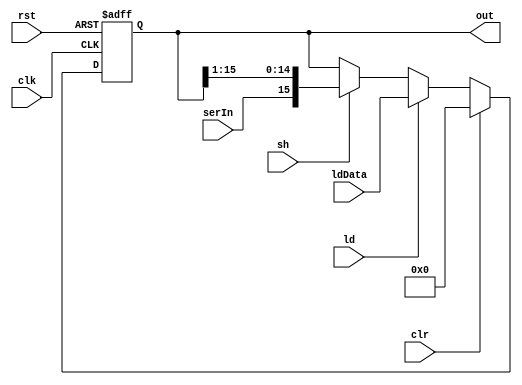
module ShiftReg #(
    parameter N = 16
)(
    input ld, sh, serIn, clr, clk, rst,
    input [N-1:0] ldData,
    output reg [N-1:0] out
);
    always @(posedge clk or posedge rst) begin
        if (rst) out <= {N{1'b0}};
        else if (clr) out <= {N{1'b0}};
        else if (ld) out <= ldData;
        else if (sh) out <= {serIn, out[N-1:1]};
    end
endmodule